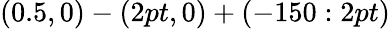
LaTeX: (0.5,0)-(2pt,0)+(-150:2pt)